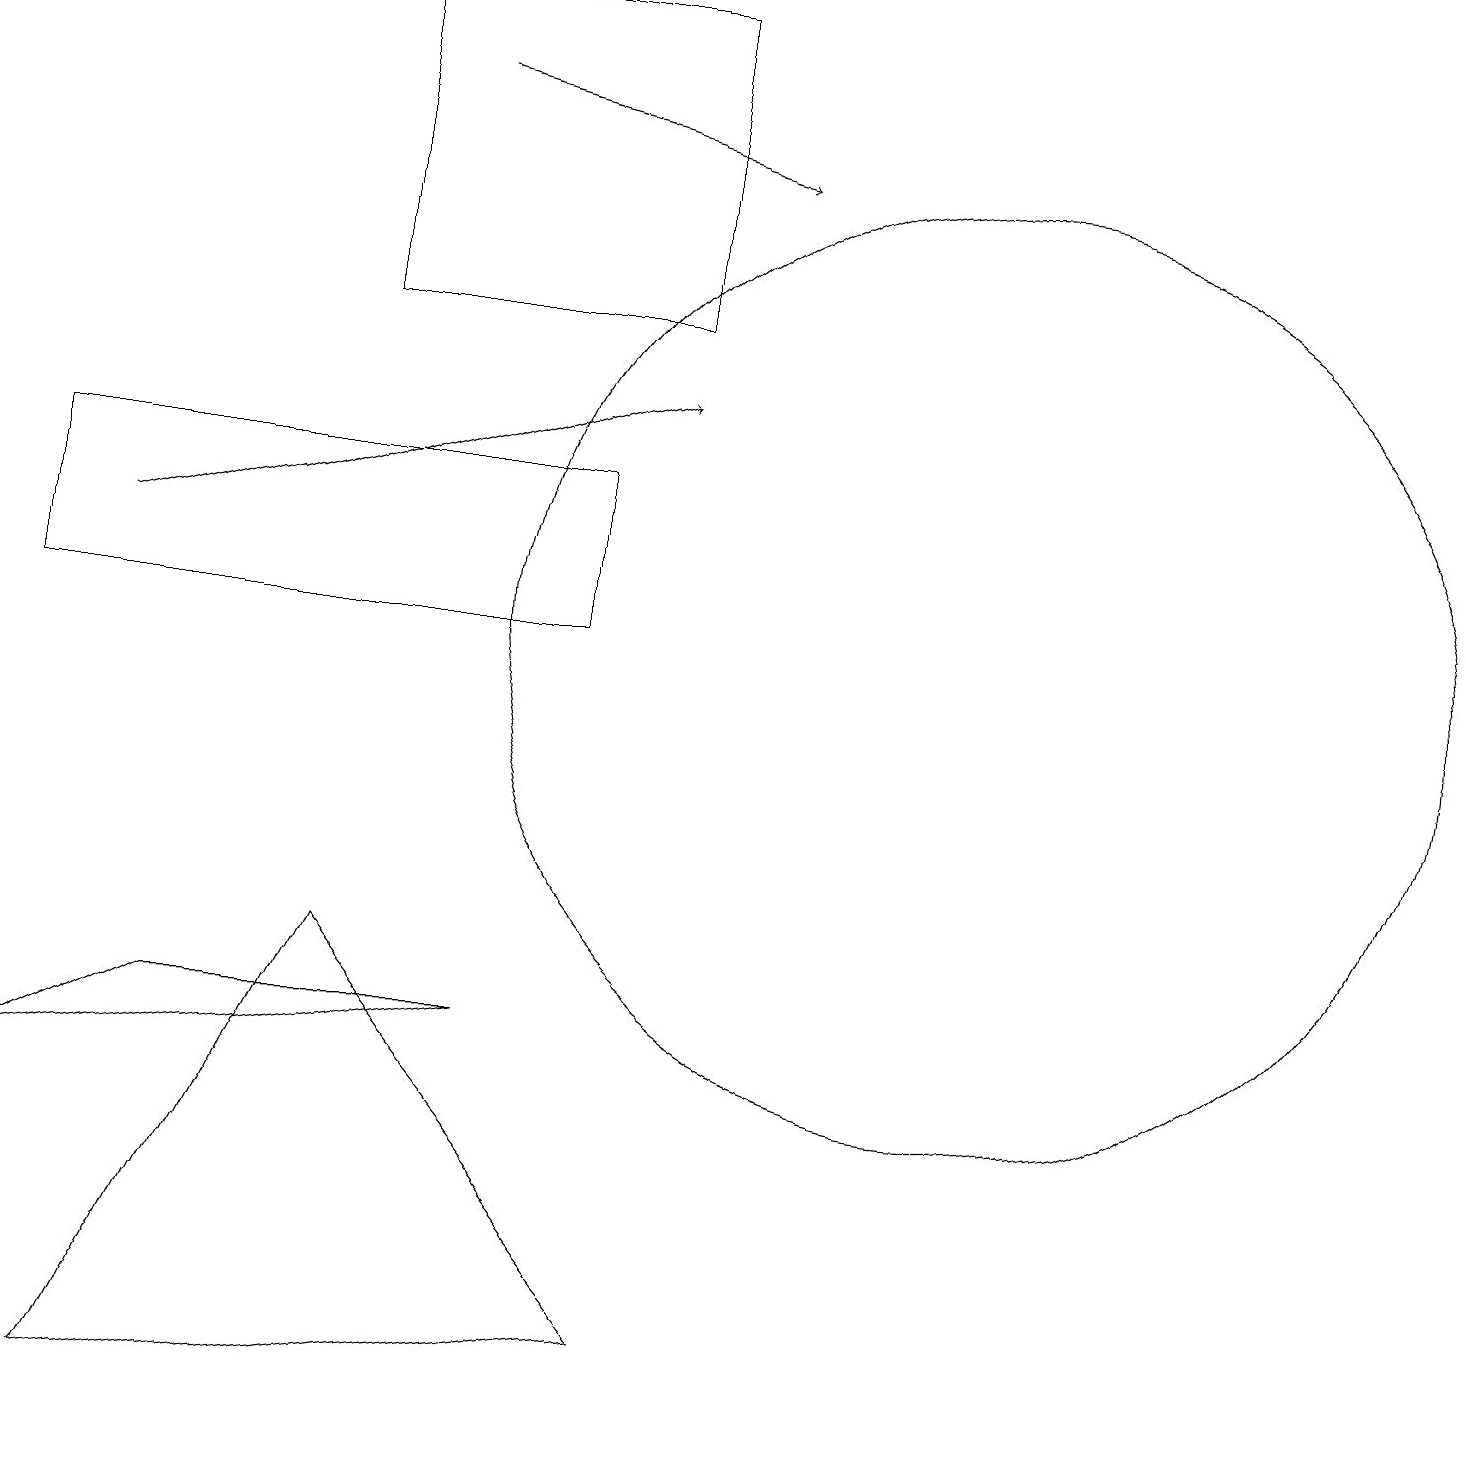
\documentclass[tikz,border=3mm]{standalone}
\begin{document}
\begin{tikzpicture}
\draw (1,1) -- (8,2) -- (4,7) -- cycle;
\draw[->] (1,12) -- (8,14);
\draw (0,11) rectangle (7,13);
\draw (12,11) circle (6);
\draw (6,6) -- (2,6) -- (0,5) -- cycle;
\draw[->] (5,18) -- (9,17);
\draw (8,15) rectangle (4,19);
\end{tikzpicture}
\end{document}